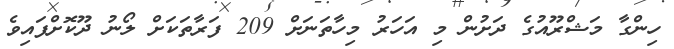
ހިންގާ މަޝްރޫއުގެ ދަށުން މި އަހަރު މިހާތަނަށް 209 ފަރާތަކަށް ލޯނު ދޫކޮށްފައިވެ